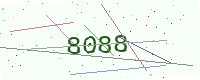
Text: 8088